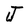
Character: J